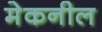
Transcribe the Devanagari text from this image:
मेकनील